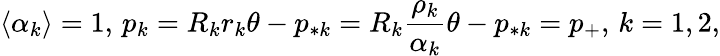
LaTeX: \langle\alpha_{k}\rangle=1,\, p_{k}=R_{k}r_{k}\theta-p_{*k}=R_{k}\frac{\rho_{k}}{\alpha_{k}}\theta-p_{*k}=p_{+},\, k=1,2,